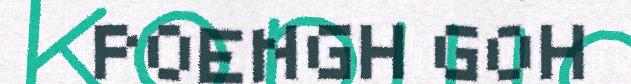
POENGH GOH